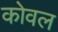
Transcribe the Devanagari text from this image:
कोवल